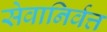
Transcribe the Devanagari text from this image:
सेवानिर्वत्त